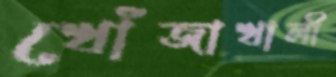
খোঁজাখালী